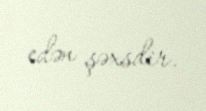
edən şəxsdir.